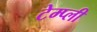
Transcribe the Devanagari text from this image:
टेम्प्ली